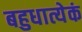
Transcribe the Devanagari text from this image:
बहुधात्येकं